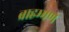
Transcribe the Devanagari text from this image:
ब्राहम्मण